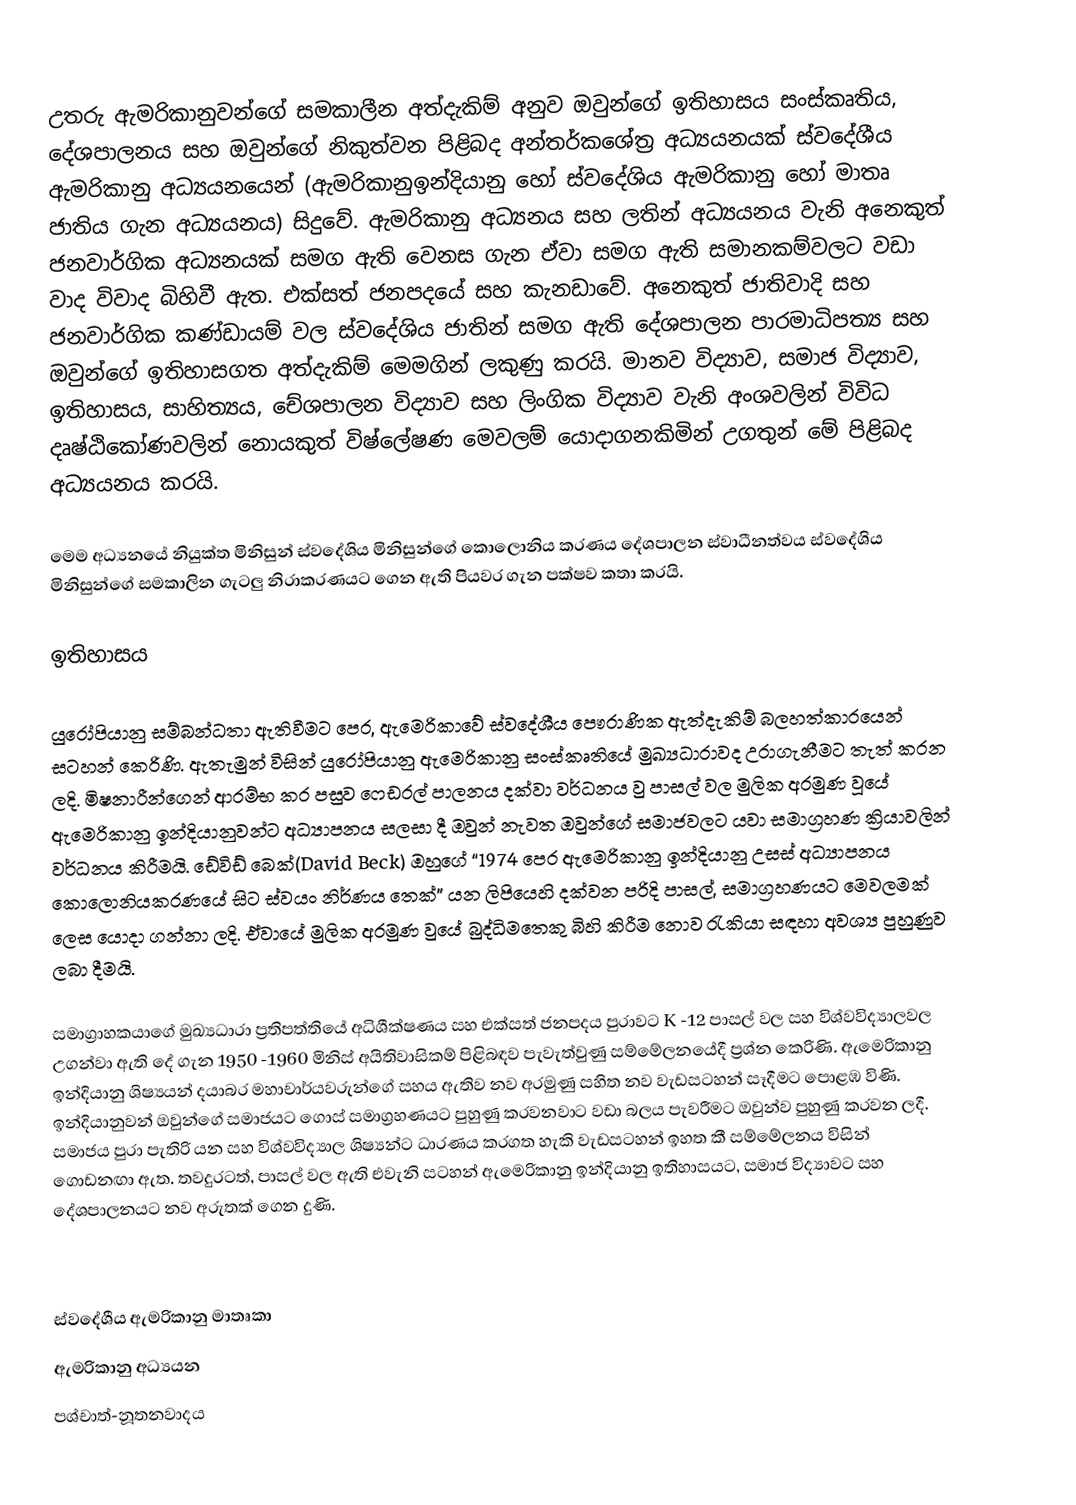
උතරු  ඇමරිකානුවන්ගේ සමකාලීන අත්දැකිම් අනුව ඔවුන්ගේ ඉතිහාසය සංස්කෘතිය, දේශපාලනය සහ ඔවුන්ගේ නිකුත්වන පිළිබද අන්තර්ක‍ශේත්‍ර අධ්‍යයනයක් ස්වදේශීය ඇමරිකානු අධ්‍යයනයෙන්  (ඇමරිකානුඉන්දියානු හෝ ස්වදේශිය ඇමරිකානු හෝ මාතෘ ජාතිය ගැන අධ්‍යයනය) සිදුවේ. ඇමරිකානු අධ්‍යනය සහ ලතින් අධ්‍යයනය වැනි අනෙකුත් ජනවාර්ගික අධ්‍යනයක් සමග ඇති වෙනස ගැන ඒවා සමග ඇති සමානකම්වලට වඩා වාද විවාද බිහිවී ඇත. එක්සත් ජනපදයේ සහ කැනඩාවේ. අනෙකුත් ජාතිවාදි සහ ජනවාර්ගික කණ්ඩායම් වල ස්වදේශිය ජාතින් සමග ඇති දේශපාලන පාරමාධිපත්‍ය සහ ඔවුන්ගේ ඉතිහාසගත අත්දැකිම් මෙමගින් ලකුණු කරයි. මානව විද්‍යාව, සමාජ විද්‍යාව, ඉතිහාසය, සාහිත්‍යය, චේශපාලන විද්‍යාව සහ ලිංගික විද්‍යාව වැනි අංශවලින් විවිධ දෘෂ්ඨිකෝණවලින් නොයකුත් විෂ්ලේෂණ මෙවලම් යොදාගනකිමින් උගතුන් මේ පිළිබද අධ්‍යයනය කරයි.

මෙම අධ්‍ය‍නයේ නියුක්ත මිනිසුන් ස්වදේශිය මිනිසුන්ගේ කොලොනිය කරණය දේශපාලන ස්වාධීනත්වය ස්වදේශිය මිනිසුන්ගේ සමකාලින ගැටලු නිරාකරණයට ගෙන ඇති පියවර ගැන පක්ෂව කතා කරයි.

ඉතිහාසය

යුරෝපියානු සම්බන්ධතා ඇතිවීමට පෙර, ඇමෙරිකාවේ ස්වදේශීය පෞරාණික ඇත්දැකිම් බලහත්කාරයෙන් සටහන් කෙරිණි. ඇතැමුන් විසින් යුරෝපියානු ඇමෙරිකානු සංස්කෘතියේ මුඛ්‍යධාරාවද උරාගැනීමට තැත් කරන ලදි. මිෂනාරීන්ගෙන් ආරම්භ කර ‍පසුව ෆෙඩරල් පාලනය දක්වා වර්ධනය වු පාසල් වල මුලික අරමුණ වූයේ ඇමෙරිකානු ඉන්දියානුවන්ට අධ්‍යාපනය සලසා දී ඔවුන් නැවත ඔවුන්ගේ සමාජවලට යවා සමාග්‍රහණ ක්‍රියාවලින් වර්ධනය කිරීමයි. ඩේවිඩ් බෙක්(David Beck) ඔහුගේ “1974 පෙර ඇමෙරිකානු ඉන්දියානු උසස් අධ්‍යාපනය කොලොනියකරණයේ සිට ස්වයං නිර්ණය තෙක්” යන ලිපියෙහි දක්වන පරිදි පාසල්, සමාග්‍රහණයට මෙවලමක් ලෙස යොදා ගන්නා ලදි. ඒවායේ මුලික අරමුණ වුයේ බුද්ධිමතෙකු බිහි කිරීම නොව රැකියා සඳහා අවශ්‍ය පුහුණුව ලබා දීමයි.

සමාග්‍රාහකයාගේ මුඛ්‍යධාරා ප්‍රතිපත්තියේ අධිශීක්ෂණය සහ එක්සත් ජනපදය පුරාවට K -12 පාසල් වල සහ විශ්වවිද්‍යාලවල උගන්වා ඇති දේ ගැන 1950 -1960 මිනිස් අයිතිවාසිකම් පිළිබඳව පැවැත්වුණු සම්මේලනයේදී ප්‍රශ්න කෙරිණි. ඇමෙරිකානු ඉන්දියානු ශිෂ්‍යයන් දයාබර මහාචාර්යවරුන්ගේ සහය ඇතිව නව අරමුණු සහිත නව වැඩසටහන් සෑදීමට පොළඹ විණි. ඉන්දියානුවන් ඔවුන්ගේ සමාජයට ගොස් සමාග්‍රහණයට පුහුණු කරවනවාට වඩා බලය පැවරීමට ඔවුන්ව පුහුණු කරවන ලදී. සමාජය පුරා පැතිරි යන සහ වි‍ශ්වවිද්‍යාල ශිෂ්‍යන්ට ධාරණය කරගත හැකි වැඩසටහන් ඉහත කී සම්මේලනය විසින් ගොඩනඟා ඇත.  තවදුරටත්, පාසල් වල ඇති එවැනි සටහන් ඇමෙරිකානු ඉන්දියානු ඉතිහාසයට, සමාජ විද්‍යාවට සහ දේශපාලනයට නව අරුතක් ගෙන දුණි.

ස්වදේශීය ඇමරිකානු මාතෘකා
ඇමරිකානු අධ්‍යයන
පශ්චාත්-නූතනවාදය